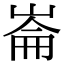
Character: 崙